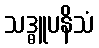
သဒ္ဓူပနိသံ